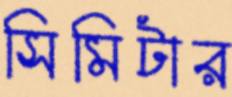
সিমিটার